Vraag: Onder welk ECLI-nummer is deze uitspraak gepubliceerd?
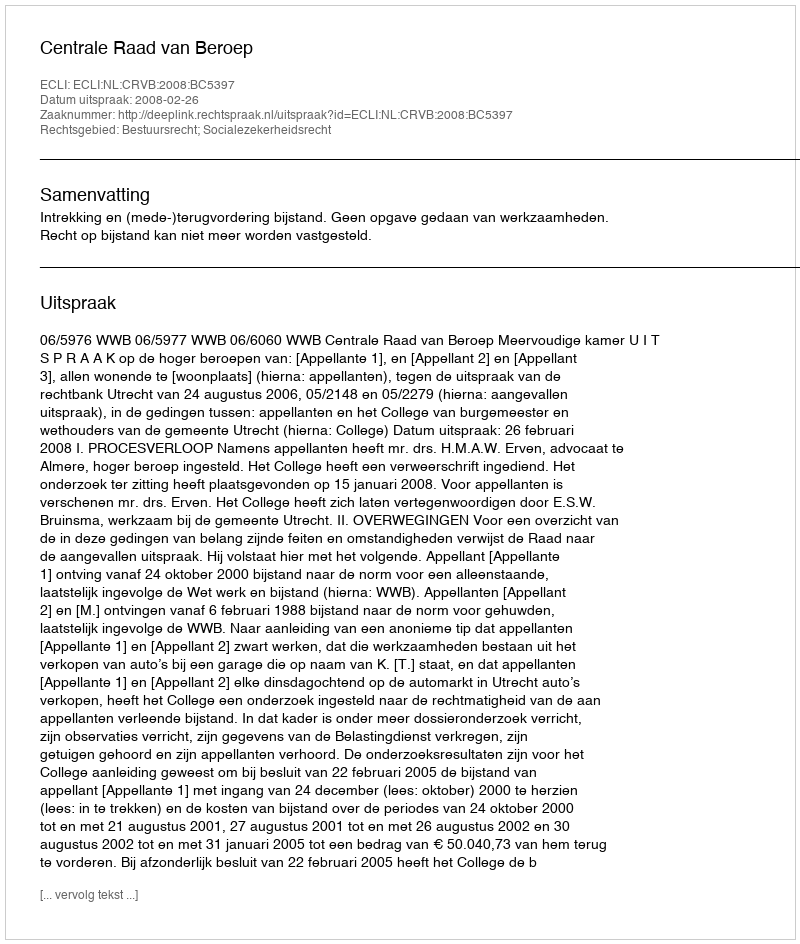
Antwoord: ECLI:NL:CRVB:2008:BC5397